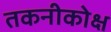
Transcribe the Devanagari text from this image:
तकनीकोक्ष